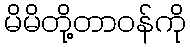
မိမိတို့တာဝန်ကို